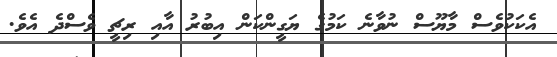
އެކަކުވެސް މާޔޫސް ނުވާނެ ކަމުގެ ޔަގީންކަން އިބުރު އާއި ރިޗީ ވެސްދެ އެވެ.